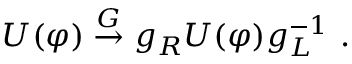
U ( \varphi ) \stackrel { G } { \to } g _ { R } U ( \varphi ) g _ { L } ^ { - 1 } ~ .